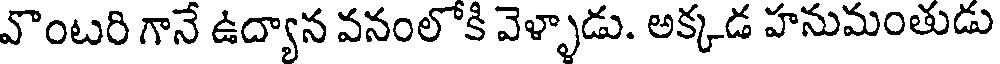
వొంటరి గానే ఉద్యాన వనంలోకి వెళ్ళాడు. అక్కడ హనుమంతుడు